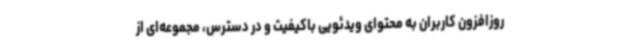
روزافزون کاربران به محتوای ویدئویی باکیفیت و در دسترس، مجموعه‌ای از